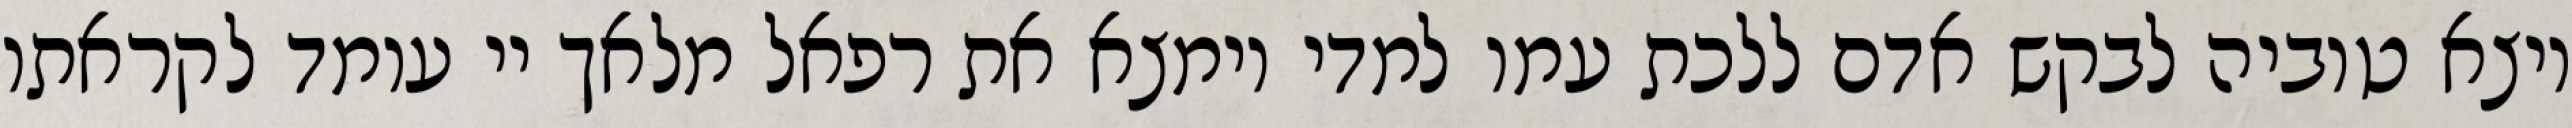
ויצא טוביה לבקש אדם ללכת עמו למדי וימצא את רפאל מלאך יי עומד לקראתו